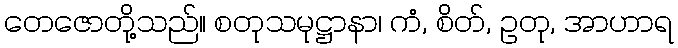
တေဇောတို့သည်။ စတုသမုဋ္ဌာနာ၊ ကံ, စိတ်, ဥတု, အာဟာရ